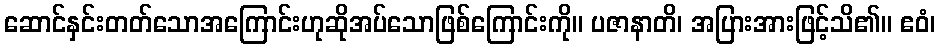
ဆောင်နှင်းတတ်သောအကြောင်းဟုဆိုအပ်သောဖြစ်ကြောင်းကို။ ပဇာနာတိ၊ အပြားအားဖြင့်သိ၏။ ဧဝံ၊